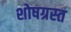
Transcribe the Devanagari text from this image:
शोषग्रस्‍त